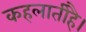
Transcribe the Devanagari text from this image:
कहलातीहै।